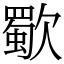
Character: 歜